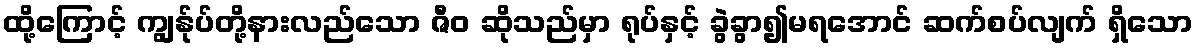
ထို့ကြောင့် ကျွန်ုပ်တို့နားလည်သော ဇီဝ ဆိုသည်မှာ ရုပ်နှင့် ခွဲခွာ၍မရအောင် ဆက်စပ်လျက် ရှိသော